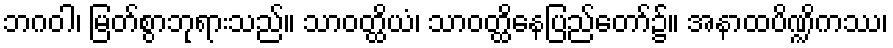
ဘဂဝါ၊ မြတ်စွာဘုရားသည်။ သာဝတ္ထိယံ၊ သာဝတ္ထိနေပြည်တော်၌။ အနာထပိဏ္ဍိကဿ၊